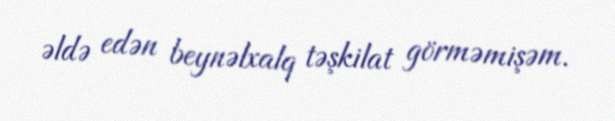
əldə edən beynəlxalq təşkilat görməmişəm.